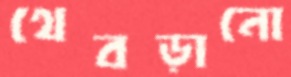
থেবড়ানো